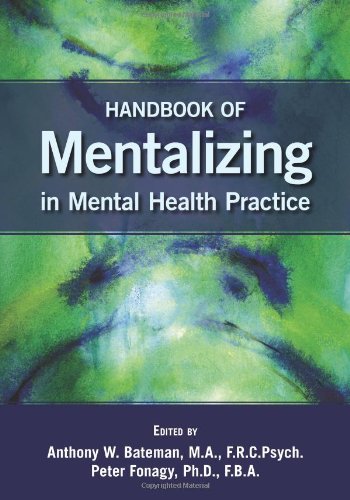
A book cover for Handbook of Mentalizing in Mental Health Practice; Anthony W. Bateman; Medical Books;